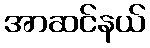
အာဆင်နယ်